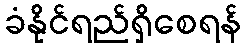
ခံနိုင်ရည်ရှိစေရန်